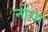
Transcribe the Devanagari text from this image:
नो़या